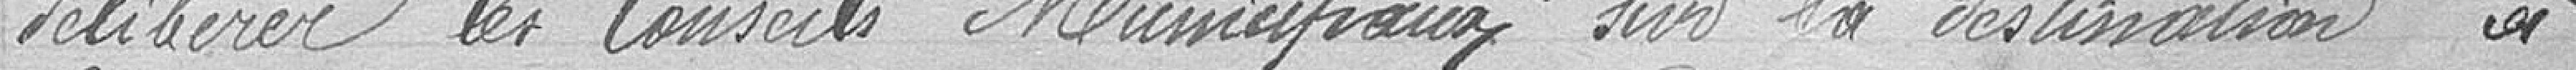
délibérer les Conseils Municipaux sur la destination à